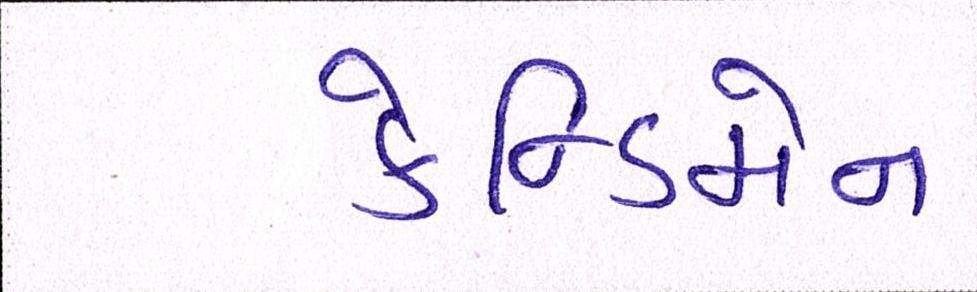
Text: કેન્ડિમેન